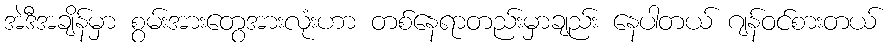
အဲဒီအချိန်မှာ စွမ်းအားတွေအားလုံးဟာ တစ်နေရာတည်းမှာချည်း နေပါတယ် ဂျန်ဝင်စားတယ်